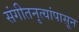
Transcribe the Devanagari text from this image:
संगीतनृत्यांपासून